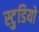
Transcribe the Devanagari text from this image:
स्टु्डियो